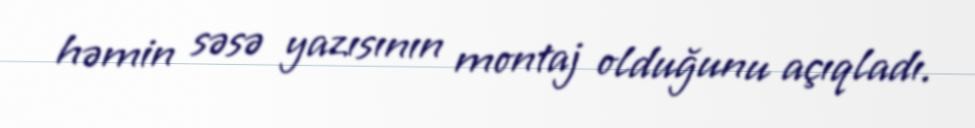
həmin səsə yazısının montaj olduğunu açıqladı.